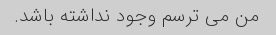
من می ترسم وجود نداشته باشد.